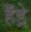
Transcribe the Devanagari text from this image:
हँड्रे